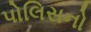
પોલિસનો